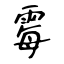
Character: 霉